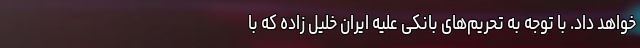
خواهد داد. با توجه به تحریم‌های بانکی علیه ایران خلیل زاده که با